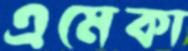
এমেকা